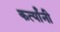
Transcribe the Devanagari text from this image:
कर्त्यांनी